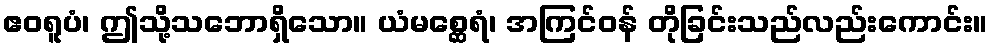
ဧဝရူပံ၊ ဤသို့သဘောရှိသော။ ယံမစ္ဆေရံ၊ အကြင်ဝန် တိုခြင်းသည်လည်းကောင်း။